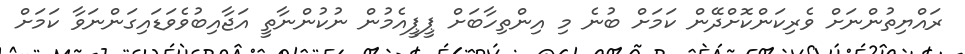
ރައްޔިތުންނަށް ވެރިކަންކޮށްދޭން ކަމަށް ބުނެ މި އިންތިހާބަށް ޕީޕީއެމުން ނުކުންނާތީ އަޖާއިބުވެވަޑައިގަންނަވާ ކަމަށް